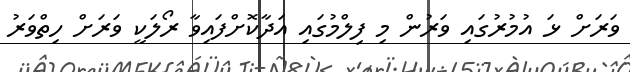
ވަރަށް ޅަ އުމުރުގައި ވަރުން މި ފިލްމުގައި އަދާކޮށްފައިވާ ރޯލަކީ ވަރަށް ހިތްވަރު